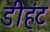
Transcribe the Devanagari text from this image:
डीहंट